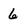
Character: 6